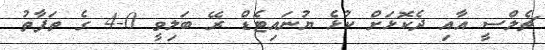
ޗެލްސީ އާއި ދެކޮޅަށް ކުޅެ ޔުނައިޓެޑް ރޭ ބަލިވީ 0-4 ގެ ތަފާތު